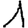
Digit: 1